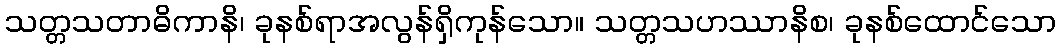
သတ္တသတာဓိကာနိ၊ ခုနစ်ရာအလွန်ရှိကုန်သော။ သတ္တသဟဿာနိစ၊ ခုနစ်ထောင်သော